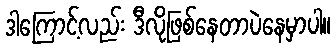
ဒါကြောင့်လည်း ဒီလိုဖြစ်နေတာပဲနေမှာပါ။